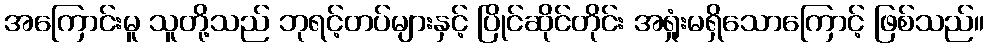
အကြောင်းမူ သူတို့သည် ဘုရင့်တပ်များနှင့် ပြိုင်ဆိုင်တိုင်း အရှုံးမရှိသောကြောင့် ဖြစ်သည်။